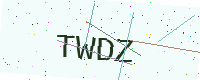
Text: TWDZ